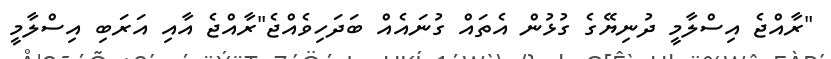
"ރާއްޖެ އިސްލާމީ ދުނިޔޭގެ ގުޅުން އެތައް ގުނައެއް ބަދަހިވެއްޖެ"ރާއްޖެ އާއި އަރަބި އިސްލާމީ